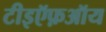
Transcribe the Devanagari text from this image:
टीइऍफ़ऑय